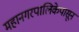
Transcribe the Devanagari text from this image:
महानगरपालिकेपासून